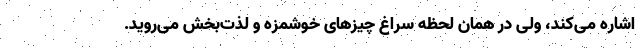
اشاره می‌کند، ولی در همان لحظه سراغ چیزهای خوشمزه و لذت‌بخش می‌روید.